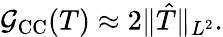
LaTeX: \mathcal G_{\mathrm{CC}}(T)\approx 2\Vert\hat{T}\Vert_{L^{2}}.